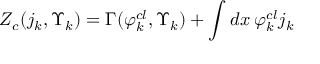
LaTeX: Z _ { c } ( j _ { k } , \Upsilon _ { k } ) = \Gamma ( \varphi _ { k } ^ { c l } , \Upsilon _ { k } ) + \int d x \: \varphi _ { k } ^ { c l } j _ { k }